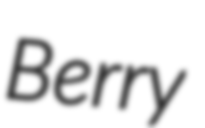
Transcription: Berry